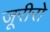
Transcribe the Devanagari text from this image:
जूरीरो